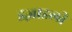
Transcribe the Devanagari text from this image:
इज़्राइली